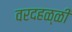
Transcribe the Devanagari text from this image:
वरदहळ्ळी